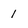
Character: 1